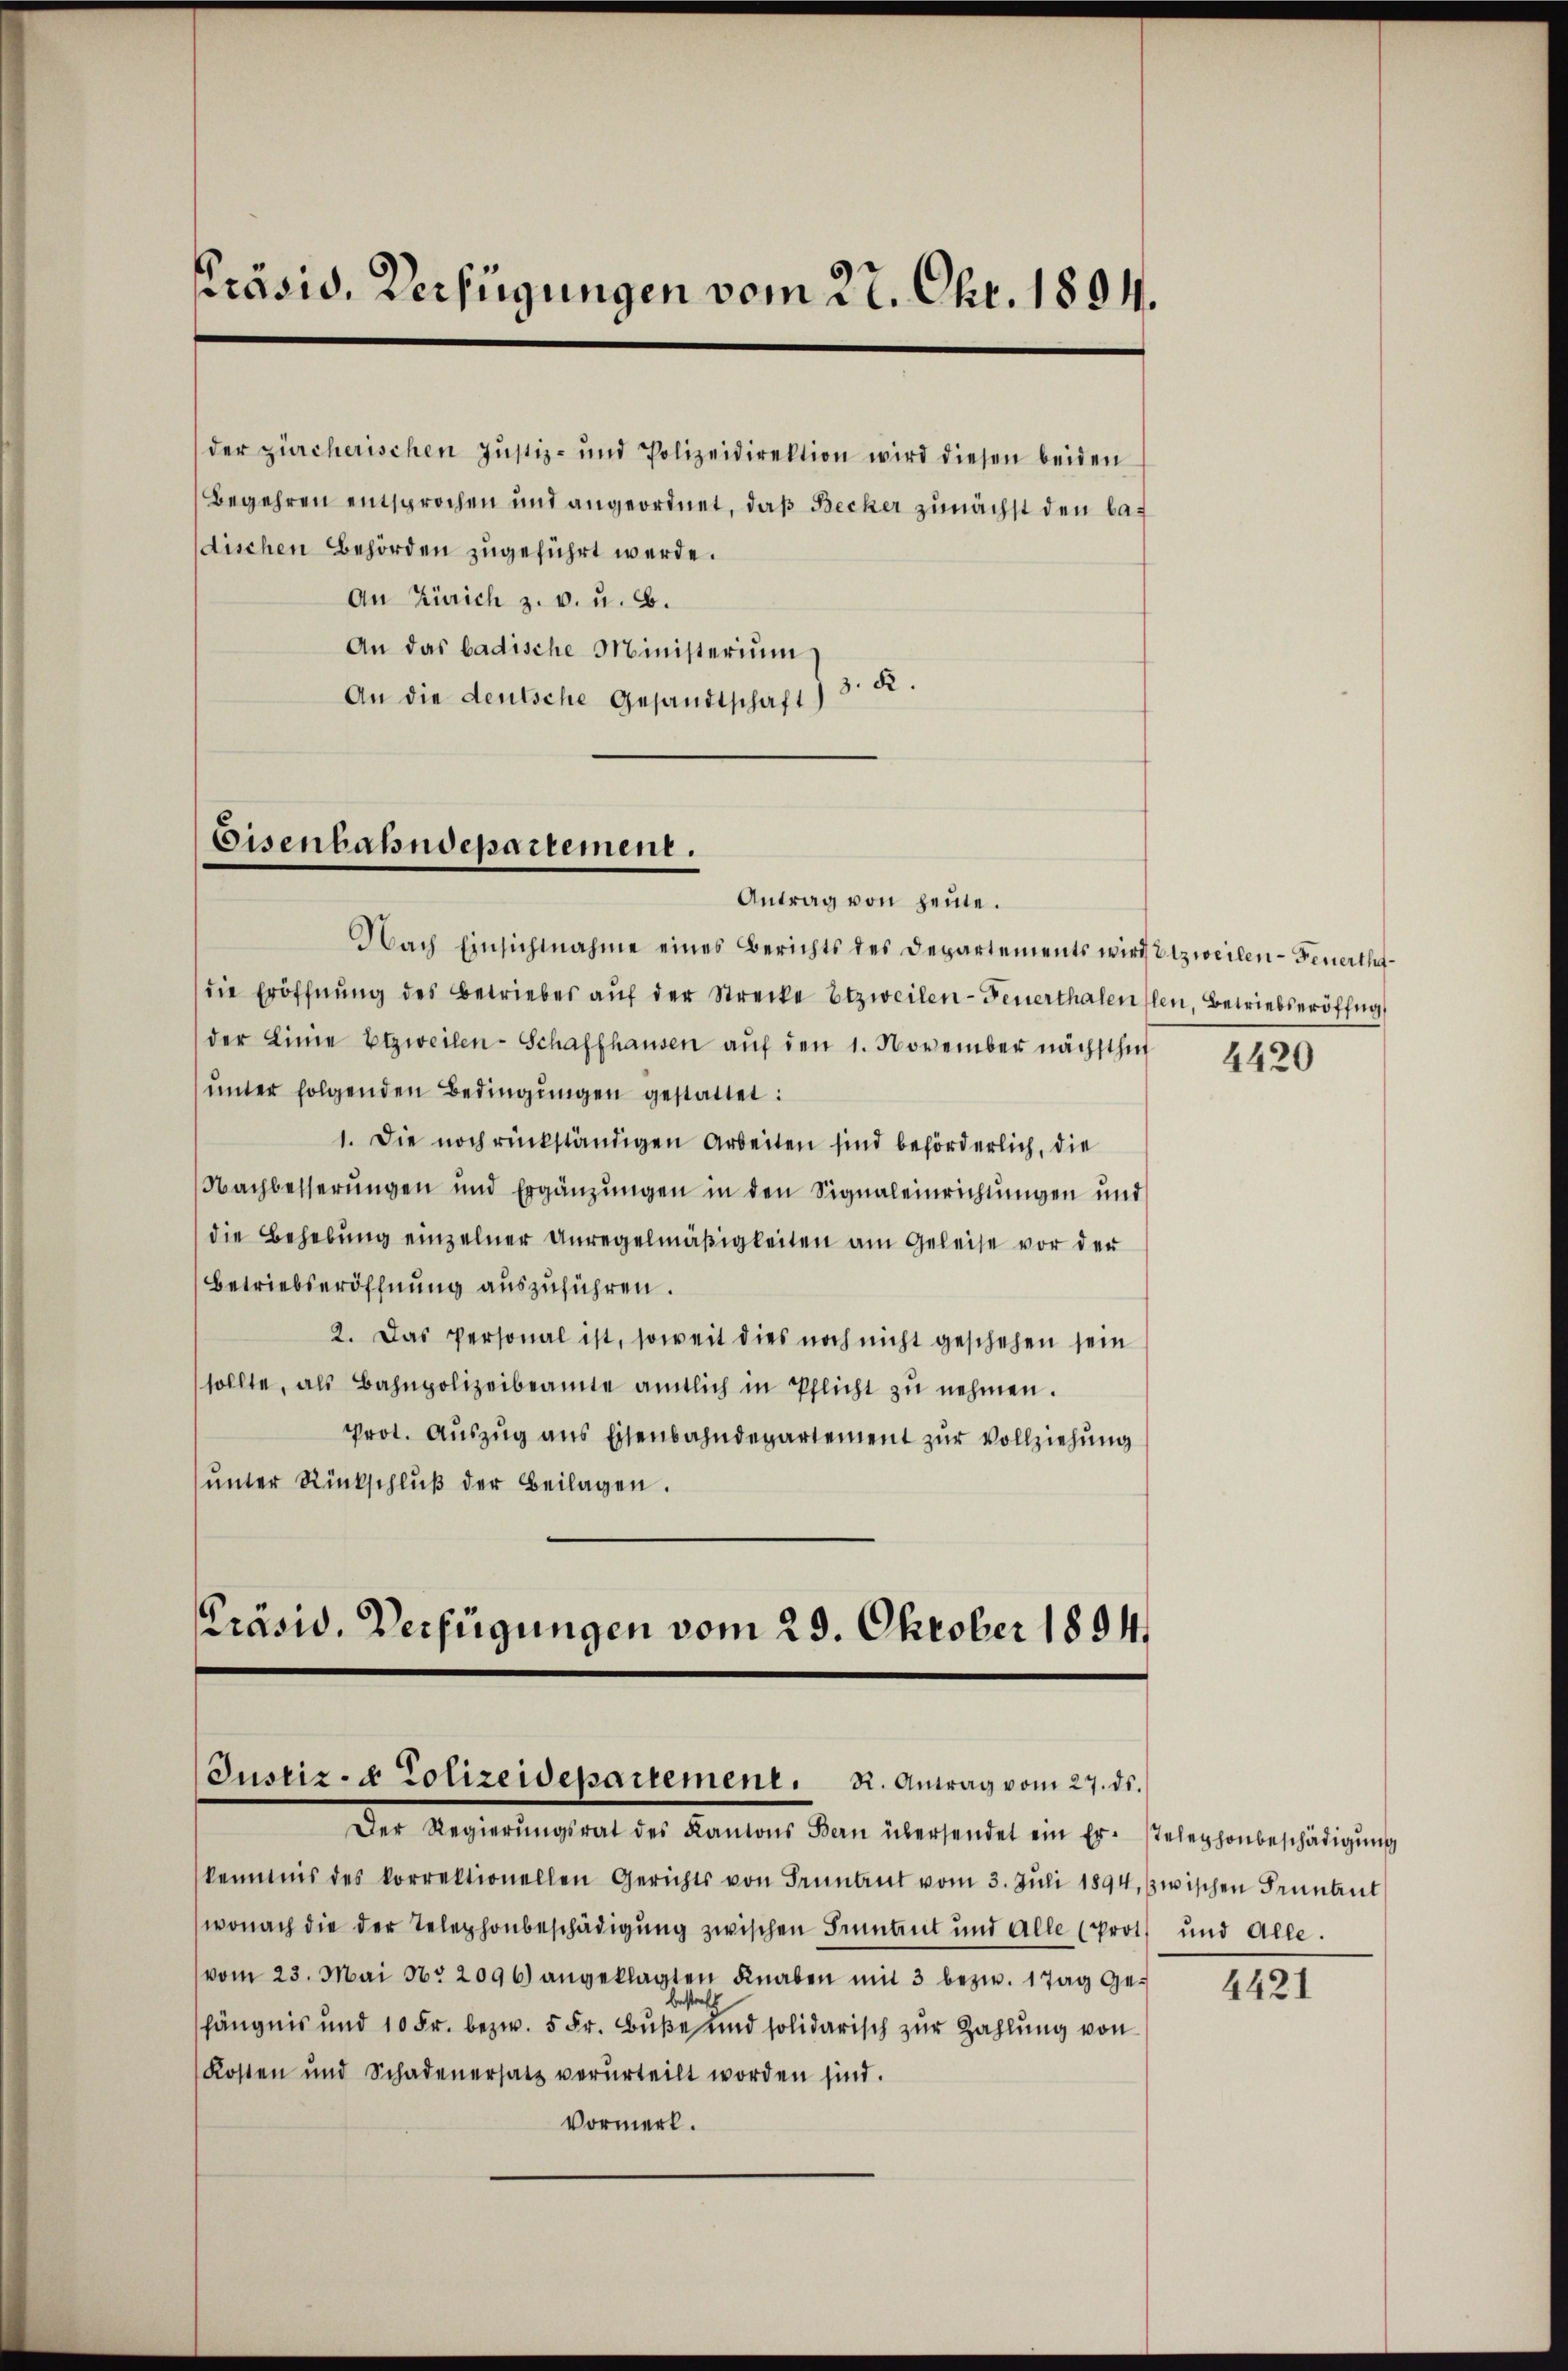
Präsid. Verfügungen vom 27. Okt. 1894.

der zürcherischen Justiz- und Polizeidirektion wird diesen beiden
Begehren entsprochen und angeordnet, daß Becker zunächst den ladischen Behörden zugeführt werde.
An Zürich z. v. u. B.
An das badische Ministerium
z. R.
An die deutsche Gesandtschaft)

Eisenbahndepartement.

Antrag von heute.
Nach Einsichtnahme eines Berichts des Departements wird Etzweilen - Feuerthdie Eröffnŭng des Betriebes aŭf der Strecke Etzweilen-Feuerthalen (len, Betriebseröffng
der Linie Etzweilen-Schaffhausen aŭf den 1. November nächsthut
ŭnter folgenden Bedingŭngen gestattet:
1. Die noch rückständigen Arbeiten sind beförderlich, die
Nachbesserungen und Ergänzungen in den Signaleinrichtungen und
die Behebung einzelner Anregelmäßigkeiten am Geleise vor den
Betriebseröffnung auszuführen.
2. Das Personal ist, soweit dies noch nicht geschehen sein
sollte, als Bahnpolizeibeamte amtlich in Pflicht zu nehmen.
prot. Auszug aus Eisenbahndepartement zur Vollziehung
ŭnter Rückschlŭβ der Beilagen.
Präsid. Verfügungen vom 29. Oktober 1894

Justiz- & Polizeidepartement. R. Antrag vom 27. ds.

Der Regierŭngsrat des Kantons Bern übersendet ein Er- stelephonbeschädigŭng
kenntnis des korrektionellen Gerichts von Truntrut vom 3. Juli 1894, zwischen Fennent
wonach die der Telephonbeschädigung zwischen Sintent und alle (Prot. und alle.
vom 23. Mai No 2096) angeklagten Knaben mit 3 bezw. 1 Tag gefängnis und 10 Fr. bezw. 5 Fr. Buße und solidarisch zŭr Zahlung von
Kosten und Schadenersatz verurteilt worden sind.
Vormerk.

4420

4421